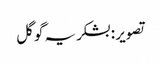
تصویر : بشکریہ گوگل